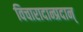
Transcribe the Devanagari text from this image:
विचारादान्प्रदान्